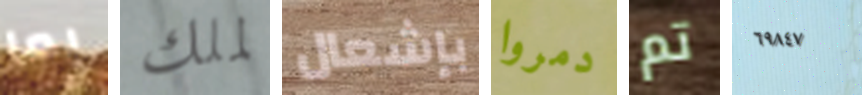
بما لملك بإشعال دمروا تم ٦٩٨٤٧